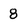
Character: 8